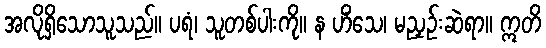
အလိုရှိသောသူသည်။ ပရံ၊ သူတစ်ပါးကို။ န ဟိံသေ၊ မညှဉ်းဆဲရာ။ ဣတိ